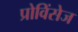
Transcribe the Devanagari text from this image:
प्रोविंसेज